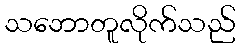
သဘောတူလိုက်သည်